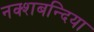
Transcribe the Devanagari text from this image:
नक्शबन्दिया